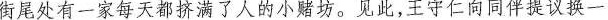
街尾处有一家每天都挤满了人的小赌坊。见此，王守仁向同伴提议换一